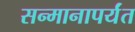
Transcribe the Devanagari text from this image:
सन्मानापर्यंत